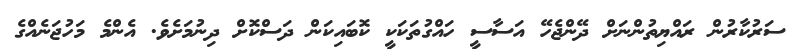
ސަރުކާރުން ރައްޔިތުންނަށް ދޭންޖެހޭ އަސާސީ ހައްގުތަކަކީ ކޮބައިކަން ދަސްކޮށް ދިނުމަށެވެ. އެންމެ މަހުޖަނެއްގެ